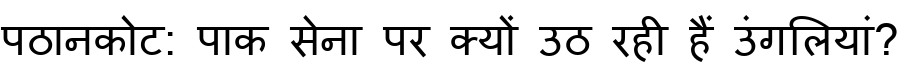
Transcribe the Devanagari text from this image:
पठानकोट: पाक सेना पर क्यों उठ रही हैं उंगलियां?